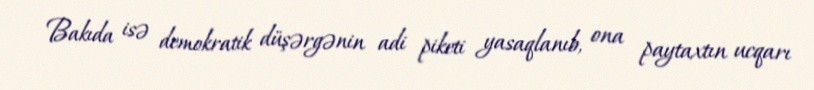
Bakıda isə demokratik düşərgənin adi piketi yasaqlanıb, ona paytaxtın ucqarı